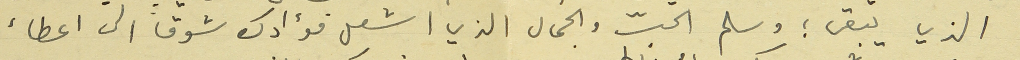
الذي يبقى ؛ وسلم الحبّ والجمال الذي اشعل فؤادك شوقاً الى اعطاء